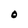
Character: O